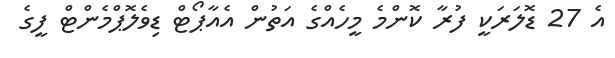
އެ 27 ޑޮލަރަކީ ފުރާ ކޮންމެ މީހެއްގެ އަތުން އެއާޕޯޓް ޑިވެލޮޕްމެންޓް ފީގެ